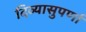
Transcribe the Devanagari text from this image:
दिव्यासुपर्णा